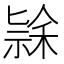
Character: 𮂄